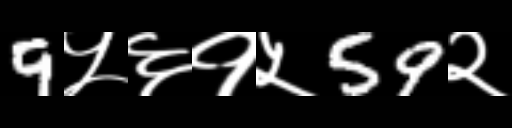
Text: 9५६१५59२